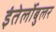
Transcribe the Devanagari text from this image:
इंतेर्लोबुलर